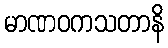
မာဏဝကသတာနိ